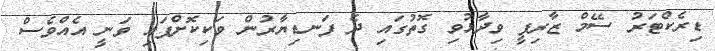
ޑިރެކްޓަރު ސޭމް ޒާރިފީ ވިދާޅުވި ގޮތުގައި ދެ ފަނޑިޔާރުން ވަކިކޮށްފައި ވަނީ އެއްވެސް